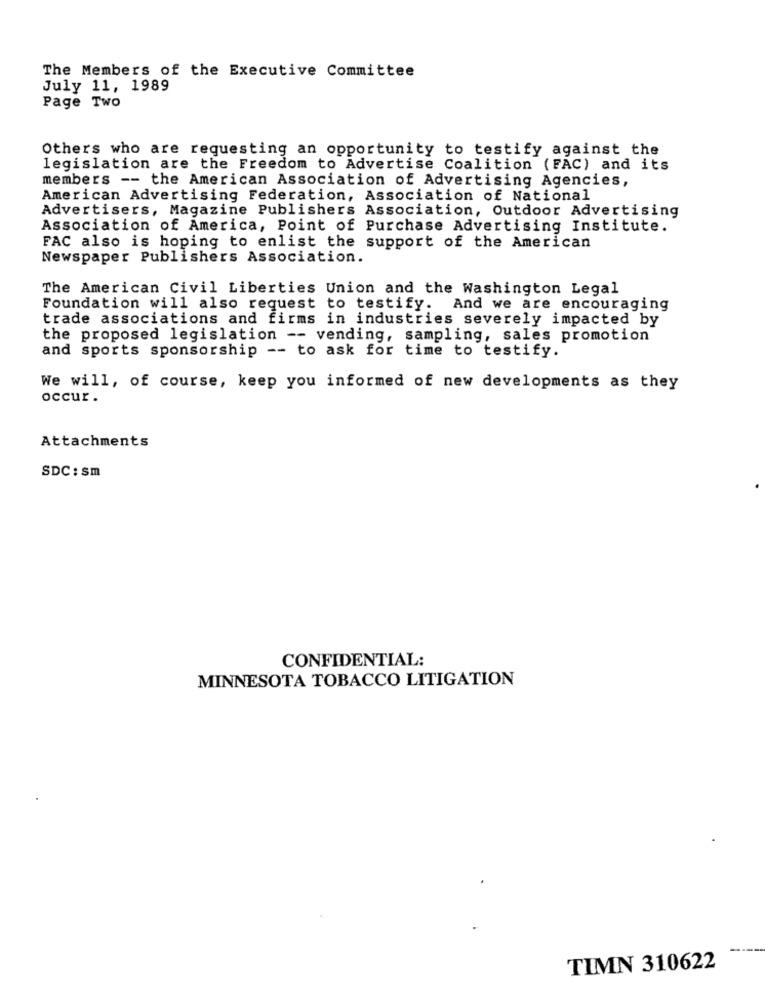
The Members of the Executive Committee
July 11, 1989
Page Two
Others who are requesting an opportunity to testify against the
legislation are the Freedom to Advertise Coalition (FAC) and its
members -- the American Association of Advertising Agencies,
American Advertising Federation, Association of National
Advertisers, Magazine Publishers Association, Outdoor Advertising
Association of America, Point of Purchase Advertising Institute.
FAC also is hoping to enlist the support of the American
Newspaper Publishers Association.
The American Civil Liberties Union and the Washington Legal
Foundation will also request to testify. And we are encouraging
trade associations and firms in industries severely impacted by
the proposed legislation -- vending, sampling, sales promotion
and sports sponsorship -- to ask for time to testify.
We will, of course, keep you informed of new developments as they
occur.
Attachments
SDC : sm
CONFIDENTIAL:
MINNESOTA TOBACCO LITIGATION
----
TIMN 310622